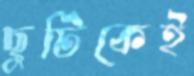
ছুটিকেই